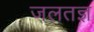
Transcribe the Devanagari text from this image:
जलतज्ञ